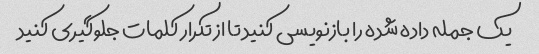
یک جمله داده شده را بازنویسی کنید تا از تکرار کلمات جلوگیری کنید